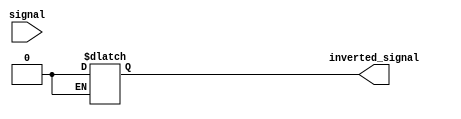
module schmitt_trigger_inverter(
    input wire signal,
    output reg inverted_signal
);

reg prev_signal;

always @(signal) begin
    if (signal && !prev_signal)
        inverted_signal <= 1;
    else if (!signal && prev_signal)
        inverted_signal <= 0;
    prev_signal <= signal;
end

endmodule